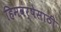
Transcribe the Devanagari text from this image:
हिमवर्षेसाठी